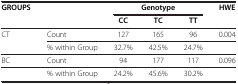
| GROUPS |  | <COLSPAN=3> Genotype | HWE |
 |  |  | CC | TC | TT |  |
 | --- | --- | --- | --- | --- | --- |
 | CT | Count | 127 | 165 | 96 | 0.004 |
 |  | % within Group | 32.7% | 42.5% | 24.7% |  |
 | BC | Count | 94 | 177 | 117 | 0.096 |
 |  | % within Group | 24.2% | 45.6% | 30.2% |  |